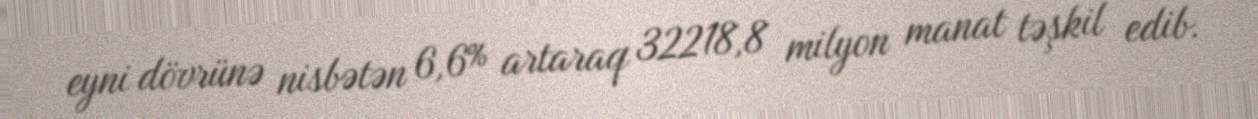
eyni dövrünə nisbətən 6,6% artaraq 32218,8 milyon manat təşkil edib.